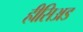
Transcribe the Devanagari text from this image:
हीसिअड